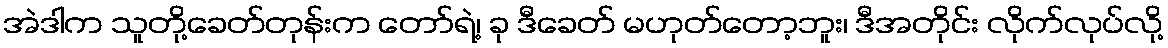
အဲဒါက သူတို့ခေတ်တုန်းက တော်ရဲ့၊ ခု ဒီခေတ် မဟုတ်တော့ဘူး၊ ဒီအတိုင်း လိုက်လုပ်လို့